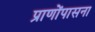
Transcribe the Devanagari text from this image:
प्राणोंपासना